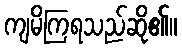
ကျမိကြရသည်ဆို၏။